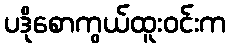
ပဒိုစောကွယ်ထူးဝင်းက